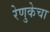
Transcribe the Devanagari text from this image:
रेणुकेचा